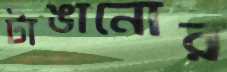
টাঙানোর